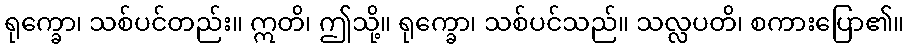
ရုက္ခော၊ သစ်ပင်တည်း။ ဣတိ၊ ဤသို့။ ရုက္ခော၊ သစ်ပင်သည်။ သလ္လပတိ၊ စကားပြော၏။